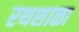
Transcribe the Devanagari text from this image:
रथशाळा